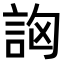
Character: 𧦷